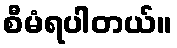
စီမံရပါတယ်။